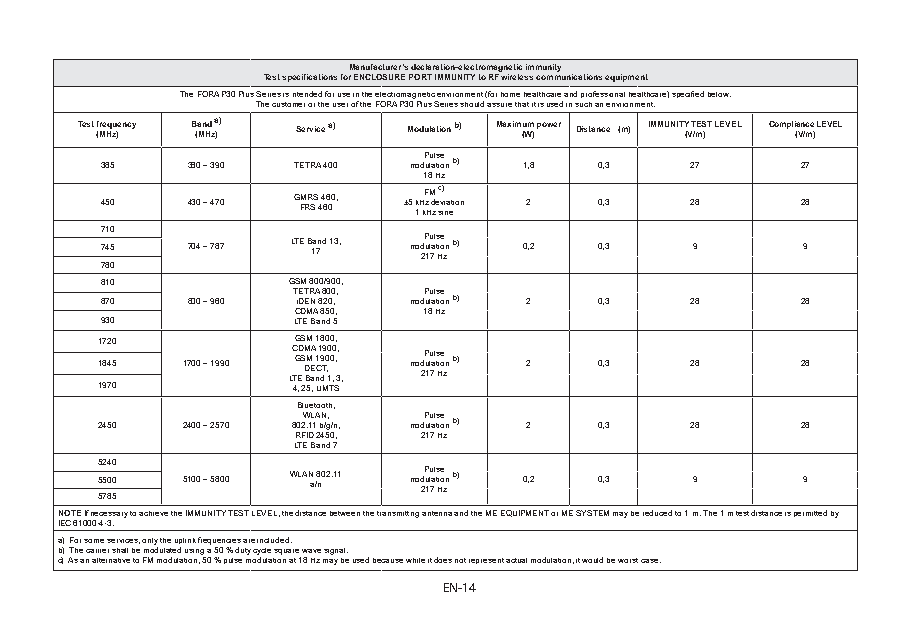
Manufacturer’s declaration-electromagnetic immunity
 Test specifications for ENCLOSURE PORT IMMUNITY to RF wireless communications equipment
 The FORA P30 Plus Series is intended for use in the electromagnetic environment (for home healthcare and professional healthcare) specified below.
 The customer or the user of the FORA P30 Plus Series should assure that it is used in such an environment.
 Test (f Mre Hq zu )ency B (a Mn Hd z a )) Service a) Modulation b) Maximu (Wm ) power Distance (m) IMMUNITY (V T /mES )T LEVEL Compli (a Vn /c me ) LEVEL
 385  380 – 390 TETRA 400 modP uu lals tie on b) 1,8 0,3 27 27
 18 Hz
 450  430 – 470 G FM RR SS 4 4 66 00, ±5 1kH kF z HM d z ec sv) inia etion 2 0,3 28 28
 710
 745  704 – 787 LTE B 1a 7nd 13, mod 2P u 1u l 7al s t Hie o zn b) 0,2 0,3 9 9
 780
 810         GSM 800/900,
 870  800 – 960 T iE DT ER NA 8 8 20 00 ,, modP uu lals tie on b) 2 0,3 28 28
 CDMA 850, 18 Hz
 930         LTE Band 5
 1720         GSM 1800;
 1845 1700 – 1990 LC TG ED S DM BM E aA C n1 1 d9 T9 0 ; 10 0 ,0 ;
 3
 ;
 ,
 mod 2P u 1u l 7al s t Hie o zn b) 2 0,3 28 28
 1970        4, 25; UMTS
 Bluetooth,
 2450 2400 – 2570 802W .1L 1A bN /g, /n, modP uu lals tie on b) 2 0,3 28 28
 RFID 2450, 217 Hz
 LTE Band 7
 5240
 5500 5100 – 5800 WLAN a /8 n02.11 mod 2P u 1u l 7al s t Hie o zn b) 0,2 0,3 9 9
 5785
 NOTE If necessary to achieve the IMMUNITY TEST LEVEL, the distance between the transmitting antenna and the ME EQUIPMENT or ME SYSTEM may be reduced to 1 m. The 1 m test distance is permitted by
 IEC 61000-4-3.
 a) For some services, only the uplink frequencies are included.
 b) The carrier shall be modulated using a 50 % duty cycle square wave signal.
 c) As an alternative to FM modulation, 50 % pulse modulation at 18 Hz may be used because while it does not represent actual modulation, it would be worst case.
 EN-14